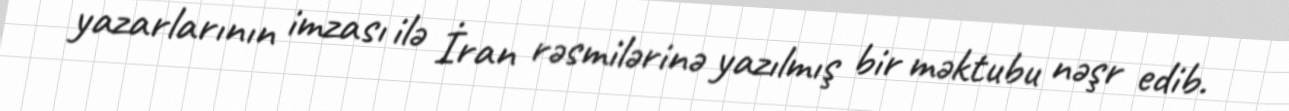
yazarlarının imzası ilə İran rəsmilərinə yazılmış bir məktubu nəşr edib.